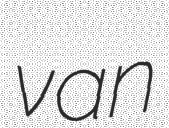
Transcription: van